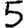
Digit: 5